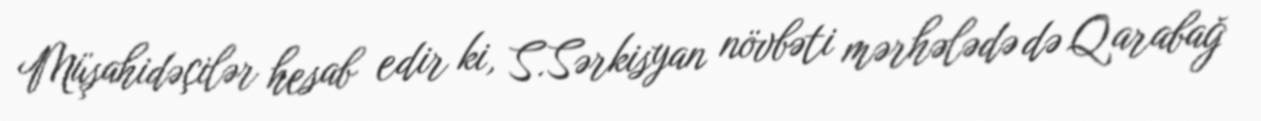
Müşahidəçilər hesab edir ki, S.Sərkisyan növbəti mərhələdə də Qarabağ